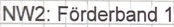
Text: NW2: Förderband 1